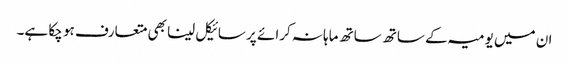
ان میں یومیہ کے ساتھ ساتھ ماہانہ کرائے پر سائیکل لینا بھی متعارف ہو چکا ہے۔